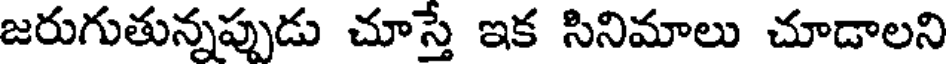
జరుగుతున్నప్పుడు చూస్తే ఇక సినిమాలు చూడాలని